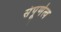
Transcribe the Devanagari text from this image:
संपूर्णत्व